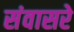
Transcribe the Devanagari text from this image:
संवासरे